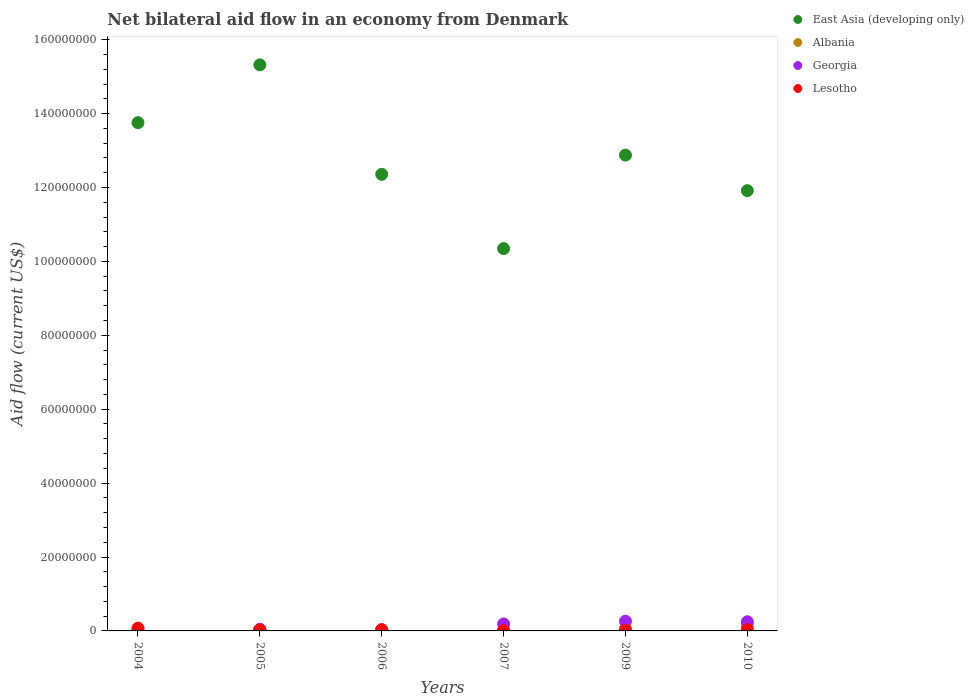
| Years | East Asia (developing only) | Albania | Georgia | Lesotho |
 | --- | --- | --- | --- | --- |
 | 2004 | 1.38e+08 | 3e+04 | 1.5e+05 | 7.5e+05 |
 | 2005 | 1.53e+08 | 3.5e+05 | 4.4e+05 | 2.7e+05 |
 | 2006 | 1.24e+08 | 2.6e+05 | 2.8e+05 | 3.4e+05 |
 | 2007 | 1.03e+08 | 2.9e+05 | 1.88e+06 | 7e+04 |
 | 2009 | 1.29e+08 | 6.8e+05 | 2.62e+06 | 1.3e+05 |
 | 2010 | 1.19e+08 | 1.49e+06 | 2.48e+06 | 3.2e+05 |